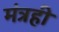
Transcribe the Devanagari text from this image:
मंत्रही